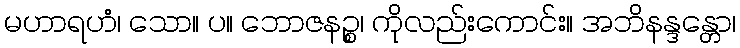
မဟာရဟံ၊ သော။ ပ။ ဘောဇနဉ္စ၊ ကိုလည်းကောင်း။ အဘိနန္ဒန္တော၊